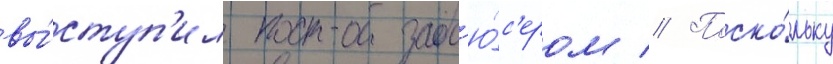
вы́ступ'ил прод'ю́с'ером // Поско́льку